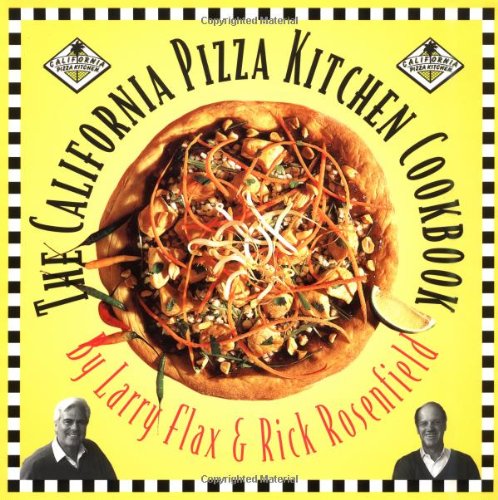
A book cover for California Pizza Kitchen Cookbook; Rick Rosenfield; Cookbooks, Food & Wine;